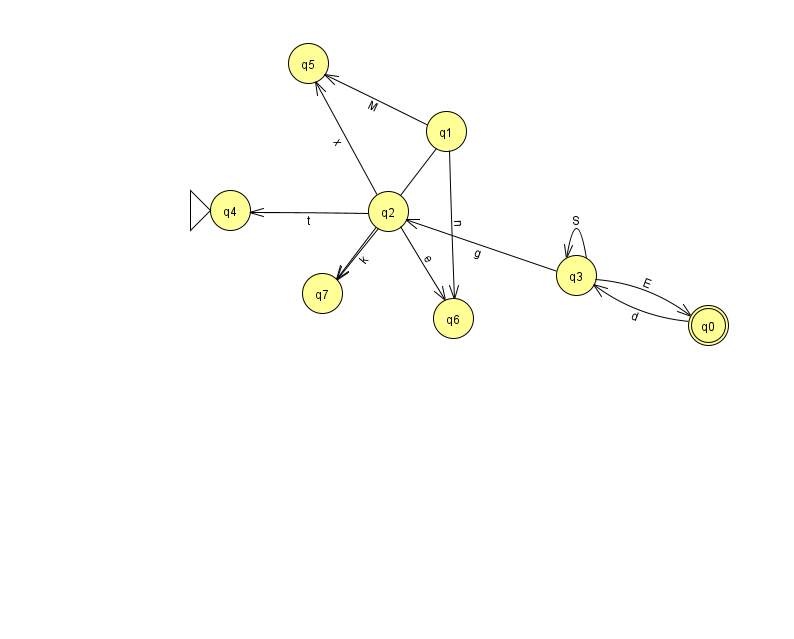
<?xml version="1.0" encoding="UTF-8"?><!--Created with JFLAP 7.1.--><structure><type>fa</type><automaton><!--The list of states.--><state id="0" name="q0"><x>708.0</x><y>312.0</y><final/></state><state id="1" name="q1"><x>446.0</x><y>118.0</y></state><state id="2" name="q2"><x>388.0</x><y>198.0</y></state><state id="3" name="q3"><x>576.0</x><y>262.0</y></state><state id="4" name="q4"><x>230.0</x><y>197.0</y><initial/></state><state id="5" name="q5"><x>308.0</x><y>50.0</y></state><state id="6" name="q6"><x>453.0</x><y>305.0</y></state><state id="7" name="q7"><x>322.0</x><y>280.0</y></state><!--The list of transitions.--><transition><from>0</from><to>3</to><read>d</read></transition><transition><from>3</from><to>0</to><read>E</read></transition><transition><from>1</from><to>5</to><read>M</read></transition><transition><from>2</from><to>6</to><read>e</read></transition><transition><from>3</from><to>3</to><read>S</read></transition><transition><from>2</from><to>4</to><read>t</read></transition><transition><from>2</from><to>5</to><read>x</read></transition><transition><from>1</from><to>7</to><read>I</read></transition><transition><from>1</from><to>6</to><read>n</read></transition><transition><from>2</from><to>7</to><read>k</read></transition><transition><from>3</from><to>2</to><read>g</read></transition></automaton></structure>